Vaccination in Bombay 1869-1873 - 1869-1873
Year: 1869
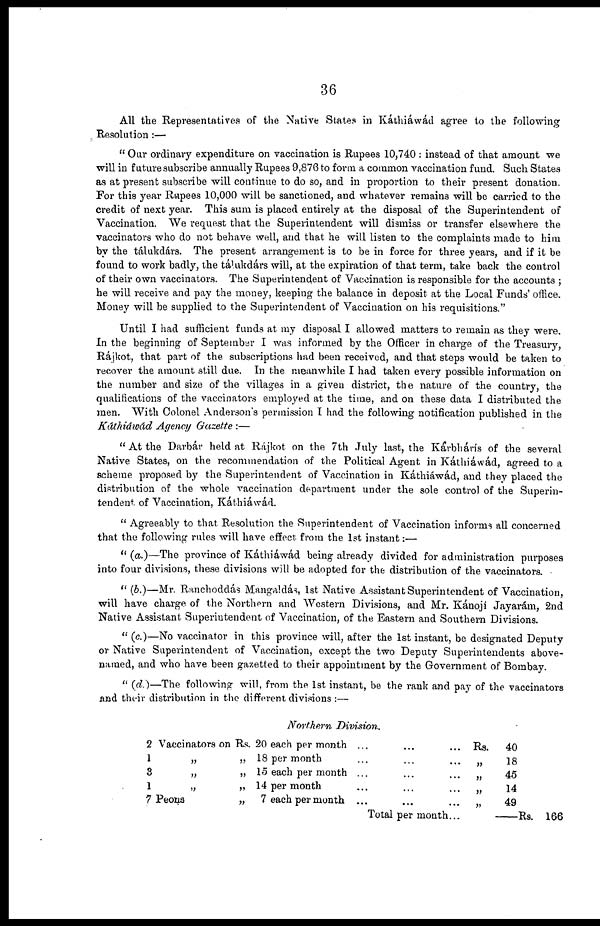
36
All the Representatives of the Native States in Káthiáwád agree to the following
Resolution :—
" Our ordinary expenditure on vaccination is Rupees 10,740 : instead of that amount we
will in future subscribe annually Rupees 9,876 to form a common vaccination fund. Such States
as at present subscribe will continue to do so, and in proportion to their present donation.
For this year Rupees 10,000 will be sanctioned, and whatever remains will be carried to the
credit of next year. This sum is placed entirely at the disposal of the Superintendent of
Vaccination. We request that the Superintendent will dismiss or transfer elsewhere the
vaccinators who do not behave well, and that he will listen to the complaints made to him
by the tálukdárs. The present arrangement is to be in force for three years, and if it be
found to work badly, the tálukdárs will, at the expiration of that term, take back the control
of their own vaccinators. The Superintendent of Vaccination is responsible for the accounts ;
he will receive and pay the money, keeping the balance in deposit at the Local Funds' office.
Money will be supplied to the Superintendent of Vaccination on his requisitions."
Until I had sufficient funds at my disposal I allowed matters to remain as they were.
In the beginning of September I was informed by the Officer in charge of the Treasury,
Rájkot, that part of the subscriptions had been received, and that steps would be taken to
recover the amount still due. In the meanwhile I had taken every possible information on
the number and size of the villages in a given district, the nature of the country, the
qualifications of the vaccinators employed at the time, and on these data I distributed the
men. With Colonel Anderson's permission I had the following notification published in the
Káthiáwád Agency Gazette :—
" At the Darbár held at Rájkot on the 7th July last, the Kárbhárís of the several
Native States, on the recommendation of the Political Agent in Káthiáwád, agreed to a
scheme proposed by the Superintendent of Vaccination in Káthiawád, and they placed the
distribution of the whole vaccination department under the sole control of the Superin-
tendent of Vaccination, Káthiáwád.
" Agreeably to that Resolution the Superintendent of Vaccination informs all concerned
that the following rules will have effect from the 1st instant:—
" (a.)—The province of Káthiáwád being already divided for administration purposes
into four divisions, these divisions will be adopted for the distribution of the vaccinators.
" (b.)—Mr. Ranchoddás Mangaldás, 1st Native Assistant Superintendent of Vaccination,
will have charge of the Northern and Western Divisions, and Mr. Kánojí Jayarám, 2nd
Native Assistant. Superintendent of Vaccination, of the Eastern and Southern Divisions.
" (c.)—No vaccinator in this province will, after the 1st instant, be designated Deputy
or Native Superintendent of Vaccination, except the two Deputy Superintendents above-
named, and who have been gazetted to their appointment by the Government of Bombay.
" (d.)—The following will, from the 1st instant, be the rank and pay of the vaccinators
and their distribution in the different divisions :—
Northern
Division.
2
1
3
1
7
Vaccinators on Rs. 20 each per month ... ... ...
„
„ 18 per month ... ... ...
„
„ 15 each per month ... ... ...
„
„ 14 per month ... ... ...
Peons
„
7 each per month ... ... ...
Total per month...
Rs.
„
„
„
„
40
18
45
14
49
—Rs.
166